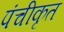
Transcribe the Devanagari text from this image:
पंचीकृत